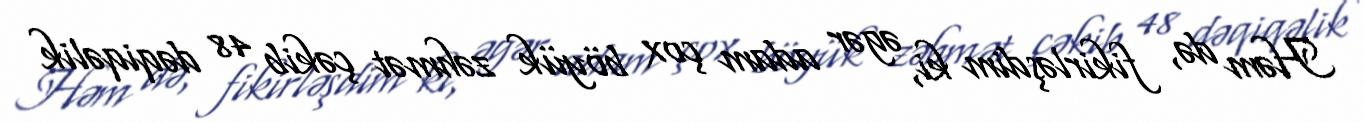
Həm də, fikirləşdim ki, əgər adam çox böyük zəhmət çəkib 48 dəqiqəlik